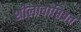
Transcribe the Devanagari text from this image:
शीलावाप्तिव्रत